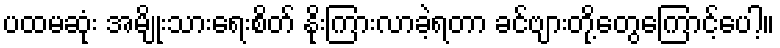
ပထမဆုံး အမျိုးသားရေးစိတ် နိုးကြားလာခဲ့ရတာ ခင်ဗျားတို့တွေကြောင့်ပေါ့။